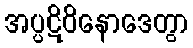
အပ္ပဋိဝိနောဒေတွာ